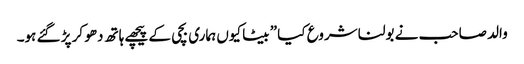
والد صاحب نے بولنا شروع کیا ” بیٹا کیوں ہماری بچی کے پیچھے ہاتھ دھو کر پڑ گئے ہو۔